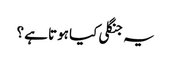
یہ جنگلی کیا ہوتا ہے ؟